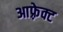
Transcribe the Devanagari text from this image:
आफ़्रेक्ट